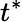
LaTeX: t^{\ast}